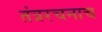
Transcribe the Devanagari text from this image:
तंत्ररचनाच